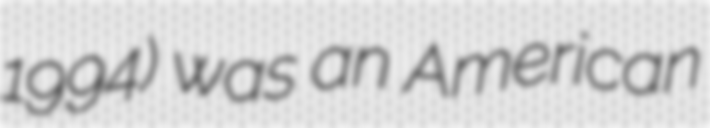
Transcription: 1994) was an American